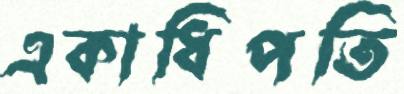
একাধিপতি